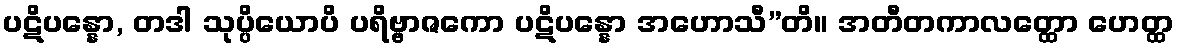
ပဋိပန္နော, တဒါ သုပ္ပိယောပိ ပရိဗ္ဗာဇကော ပဋိပန္နော အဟောသီ”တိ။ အတီတကာလတ္ထော ဟေတ္ထ